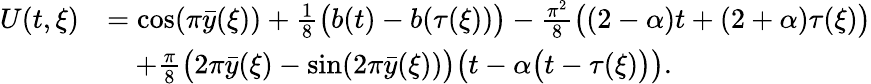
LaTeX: \begin{array}{rl}{U(t,\xi)}&{=\cos(\pi\bar{y}(\xi))+\frac{1}{8}\big(b(t)-b(\tau(\xi))\big)-\frac{\pi^{2}}{8}\big((2-\alpha)t+(2+\alpha)\tau(\xi)\big)}\\ &{\quad+\frac{\pi}{8}\big(2\pi\bar{y}(\xi)-\sin(2\pi\bar{y}(\xi))\big)\big(t-\alpha\big(t-\tau(\xi)\big)\big).}\end{array}